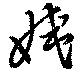
姨